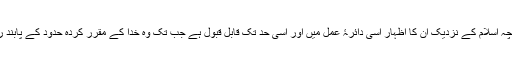
چنانچہ اسلام کے نزدیک ان کا اظہار اسی دائرۂ عمل میں اور اسی حد تک قابل قبول ہے جب تک وہ خدا کے مقرر کردہ حدود کے پابند رہیں۔